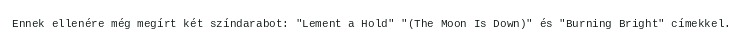
Ennek ellenére még megírt két színdarabot: "Lement a Hold" "(The Moon Is Down)" és "Burning Bright" címekkel.